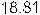
18.81